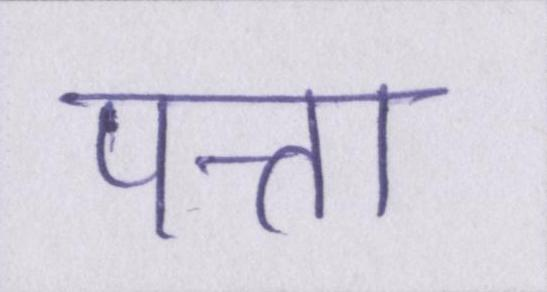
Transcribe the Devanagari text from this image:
पत्ता